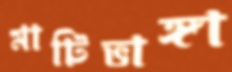
মাটিভাঙ্গা